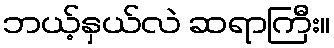
ဘယ့်နှယ်လဲ ဆရာကြီး။